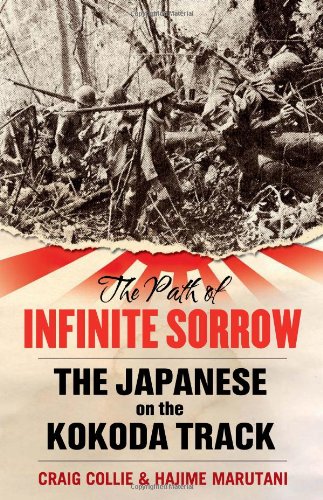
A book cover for The Path of Infinite Sorrow: The Japanese on the Kokoda Track; Craig Collie; History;